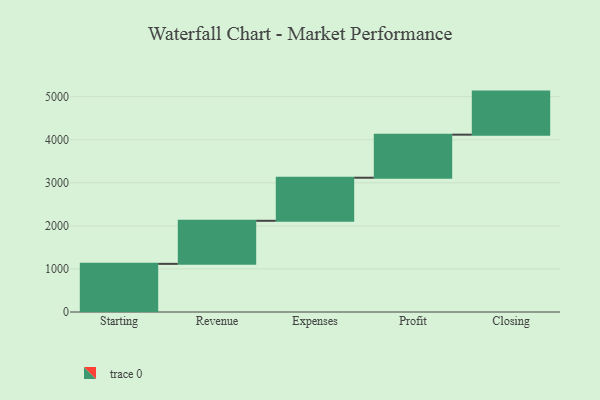
{"axis": {"x": "Step", "y": "Value"}, "legend": [""], "data": [{"x": "Starting", "y": 1118.0, "type": ""}, {"x": "Revenue", "y": 1000, "type": ""}, {"x": "Expenses", "y": 1000, "type": ""}, {"x": "Profit", "y": 1000, "type": ""}, {"x": "Closing", "y": 1000, "type": ""}]}